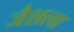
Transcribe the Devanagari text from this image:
जैशला